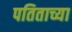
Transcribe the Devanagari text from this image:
पतिताच्या